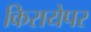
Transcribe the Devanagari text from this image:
किरायेपर